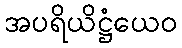
အပရိယိဋ္ဌံယေဝ